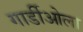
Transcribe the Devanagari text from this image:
गार्डीओला